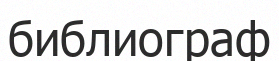
библиограф